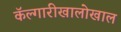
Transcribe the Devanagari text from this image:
कॅल्गारीखालोखाल